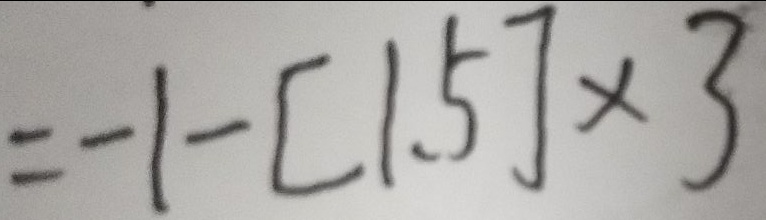
= - 1 - [ 1 . 5 ] \times 3